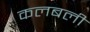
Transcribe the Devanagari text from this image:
कलबली